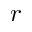
r